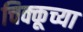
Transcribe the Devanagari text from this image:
चिक्कूच्या